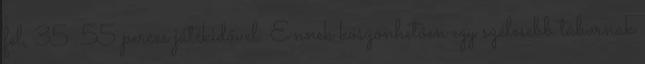
fel, 35 55 perces játékidővel. Ennek köszönhetően egy szélesebb tábornak